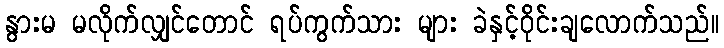
နွားမ မလိုက်လျှင်တောင် ရပ်ကွက်သား များ ခဲနှင့်ဝိုင်းချလောက်သည်။